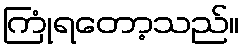
ကြုံရတော့သည်။